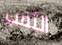
الثقب